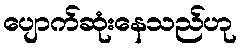
ပျောက်ဆုံးနေသည်ဟု